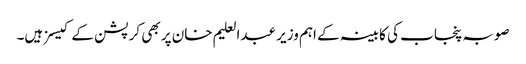
صوبہ پنجاب کی کابینہ کے اہم وزیر عبدالعلیم خان پر بھی کرپشن کے کیسز ہیں۔